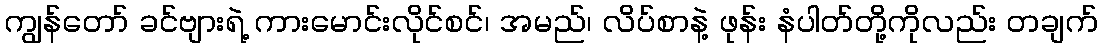
ကျွန်တော် ခင်ဗျားရဲ့ ကားမောင်းလိုင်စင်၊ အမည်၊ လိပ်စာနဲ့ ဖုန်း နံပါတ်တို့ကိုလည်း တချက်